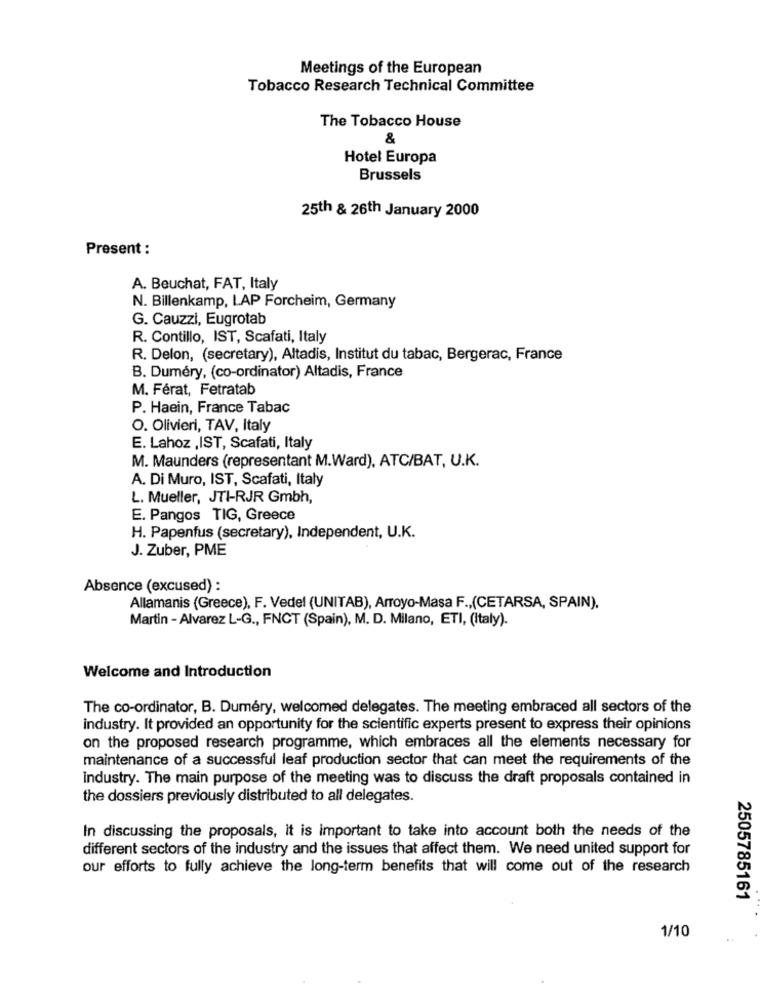
Meetings of the European
Tobacco Research Technical Committee
The Tobacco House
&
Hotel Europa
Brussels
25th & 26th January 2000
Present :
A. Beuchat, FAT, Italy
N. Billenkamp, LAP Forcheim, Germany
G. Cauzzi, Eugrotab
R. Contillo, IST, Scafati, Italy
R. Delon, (secretary), Altadis, Institut du tabac, Bergerac, France
B. Duméry, (co-ordinator) Altadis, France
M. Férat, Fetratab
P. Haein, France Tabac
O. Olivieri, TAV, Italy
E. Lahoz ,IST, Scafati, Italy
M. Maunders (representant M.Ward), ATC/BAT, U.K.
A. Di Muro, IST, Scafati, Italy
L. Mueller, JTI-RJR Gmbh,
E. Pangos TIG, Greece
H. Papenfus (secretary), Independent, U.K.
J. Zuber, PME
Absence (excused) :
Allamanis (Greece), F. Vedel (UNITAB), Arroyo-Masa F ., (CETARSA, SPAIN).
Martin - Alvarez L-G ., FNCT (Spain), M. D. Milano, ETI, (Italy).
Welcome and Introduction
The co-ordinator, B. Dumery, welcomed delegates. The meeting embraced all sectors of the
industry. It provided an opportunity for the scientific experts present to express their opinions
on the proposed research programme, which embraces all the elements necessary for
maintenance of a successful leaf production sector that can meet the requirements of the
industry. The main purpose of the meeting was to discuss the draft proposals contained in
the dossiers previously distributed to all delegates.
In discussing the proposals, it is important to take into account both the needs of the
different sectors of the industry and the issues that affect them. We need united support for
our efforts to fully achieve the long-term benefits that will come out of the research
2505785161
1/10